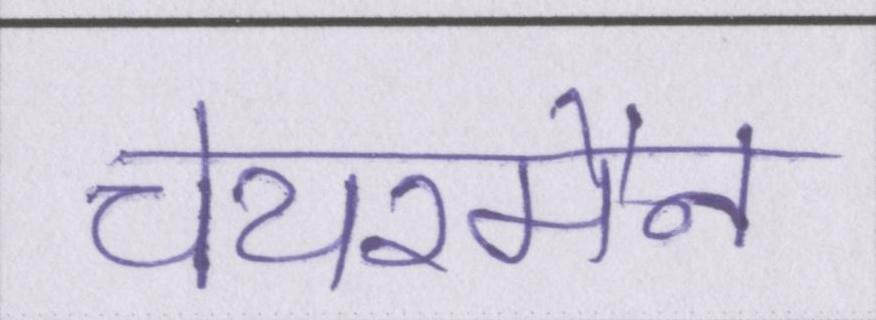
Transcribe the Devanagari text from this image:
चेयरमैन